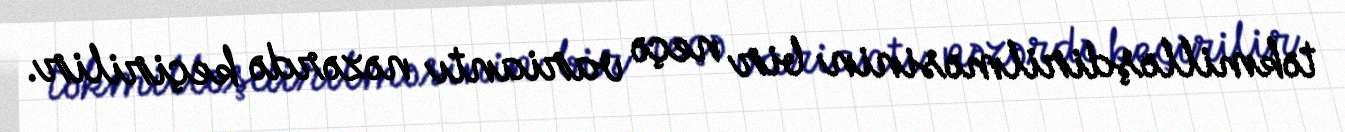
təkmilləşdirilməsinin bir neçə variantı nəzərdə keçirilir.